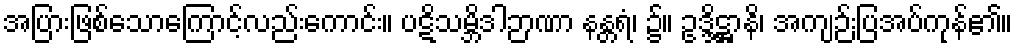
အပြားဖြစ်သောကြောင့်လည်းကောင်း။ ပဋိသမ္ဘိဒါဉာဏာ နန္တရံ၊ ၌။ ဥဒ္ဒိဋ္ဌာနိ၊ အကျဉ်းပြအပ်ကုန်၏။